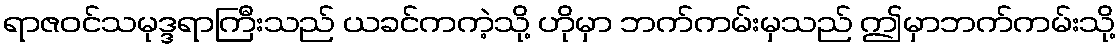
ရာဇဝင်သမုဒ္ဒရာကြီးသည် ယခင်ကကဲ့သို့ ဟိုမှာ ဘက်ကမ်းမှသည် ဤမှာဘက်ကမ်းသို့